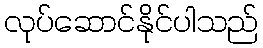
လုပ်ဆောင်နိုင်ပါသည်